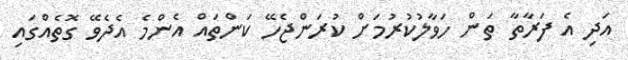
އަދި އެ ފަރާތާ ތަން ހަވާލުކުރުމަށް ކުރަންޖެހޭ ކަންތައް އެންމެ އެދެވޭ ގޮތެއްގައި